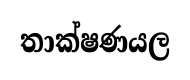
තාක්ෂණයල